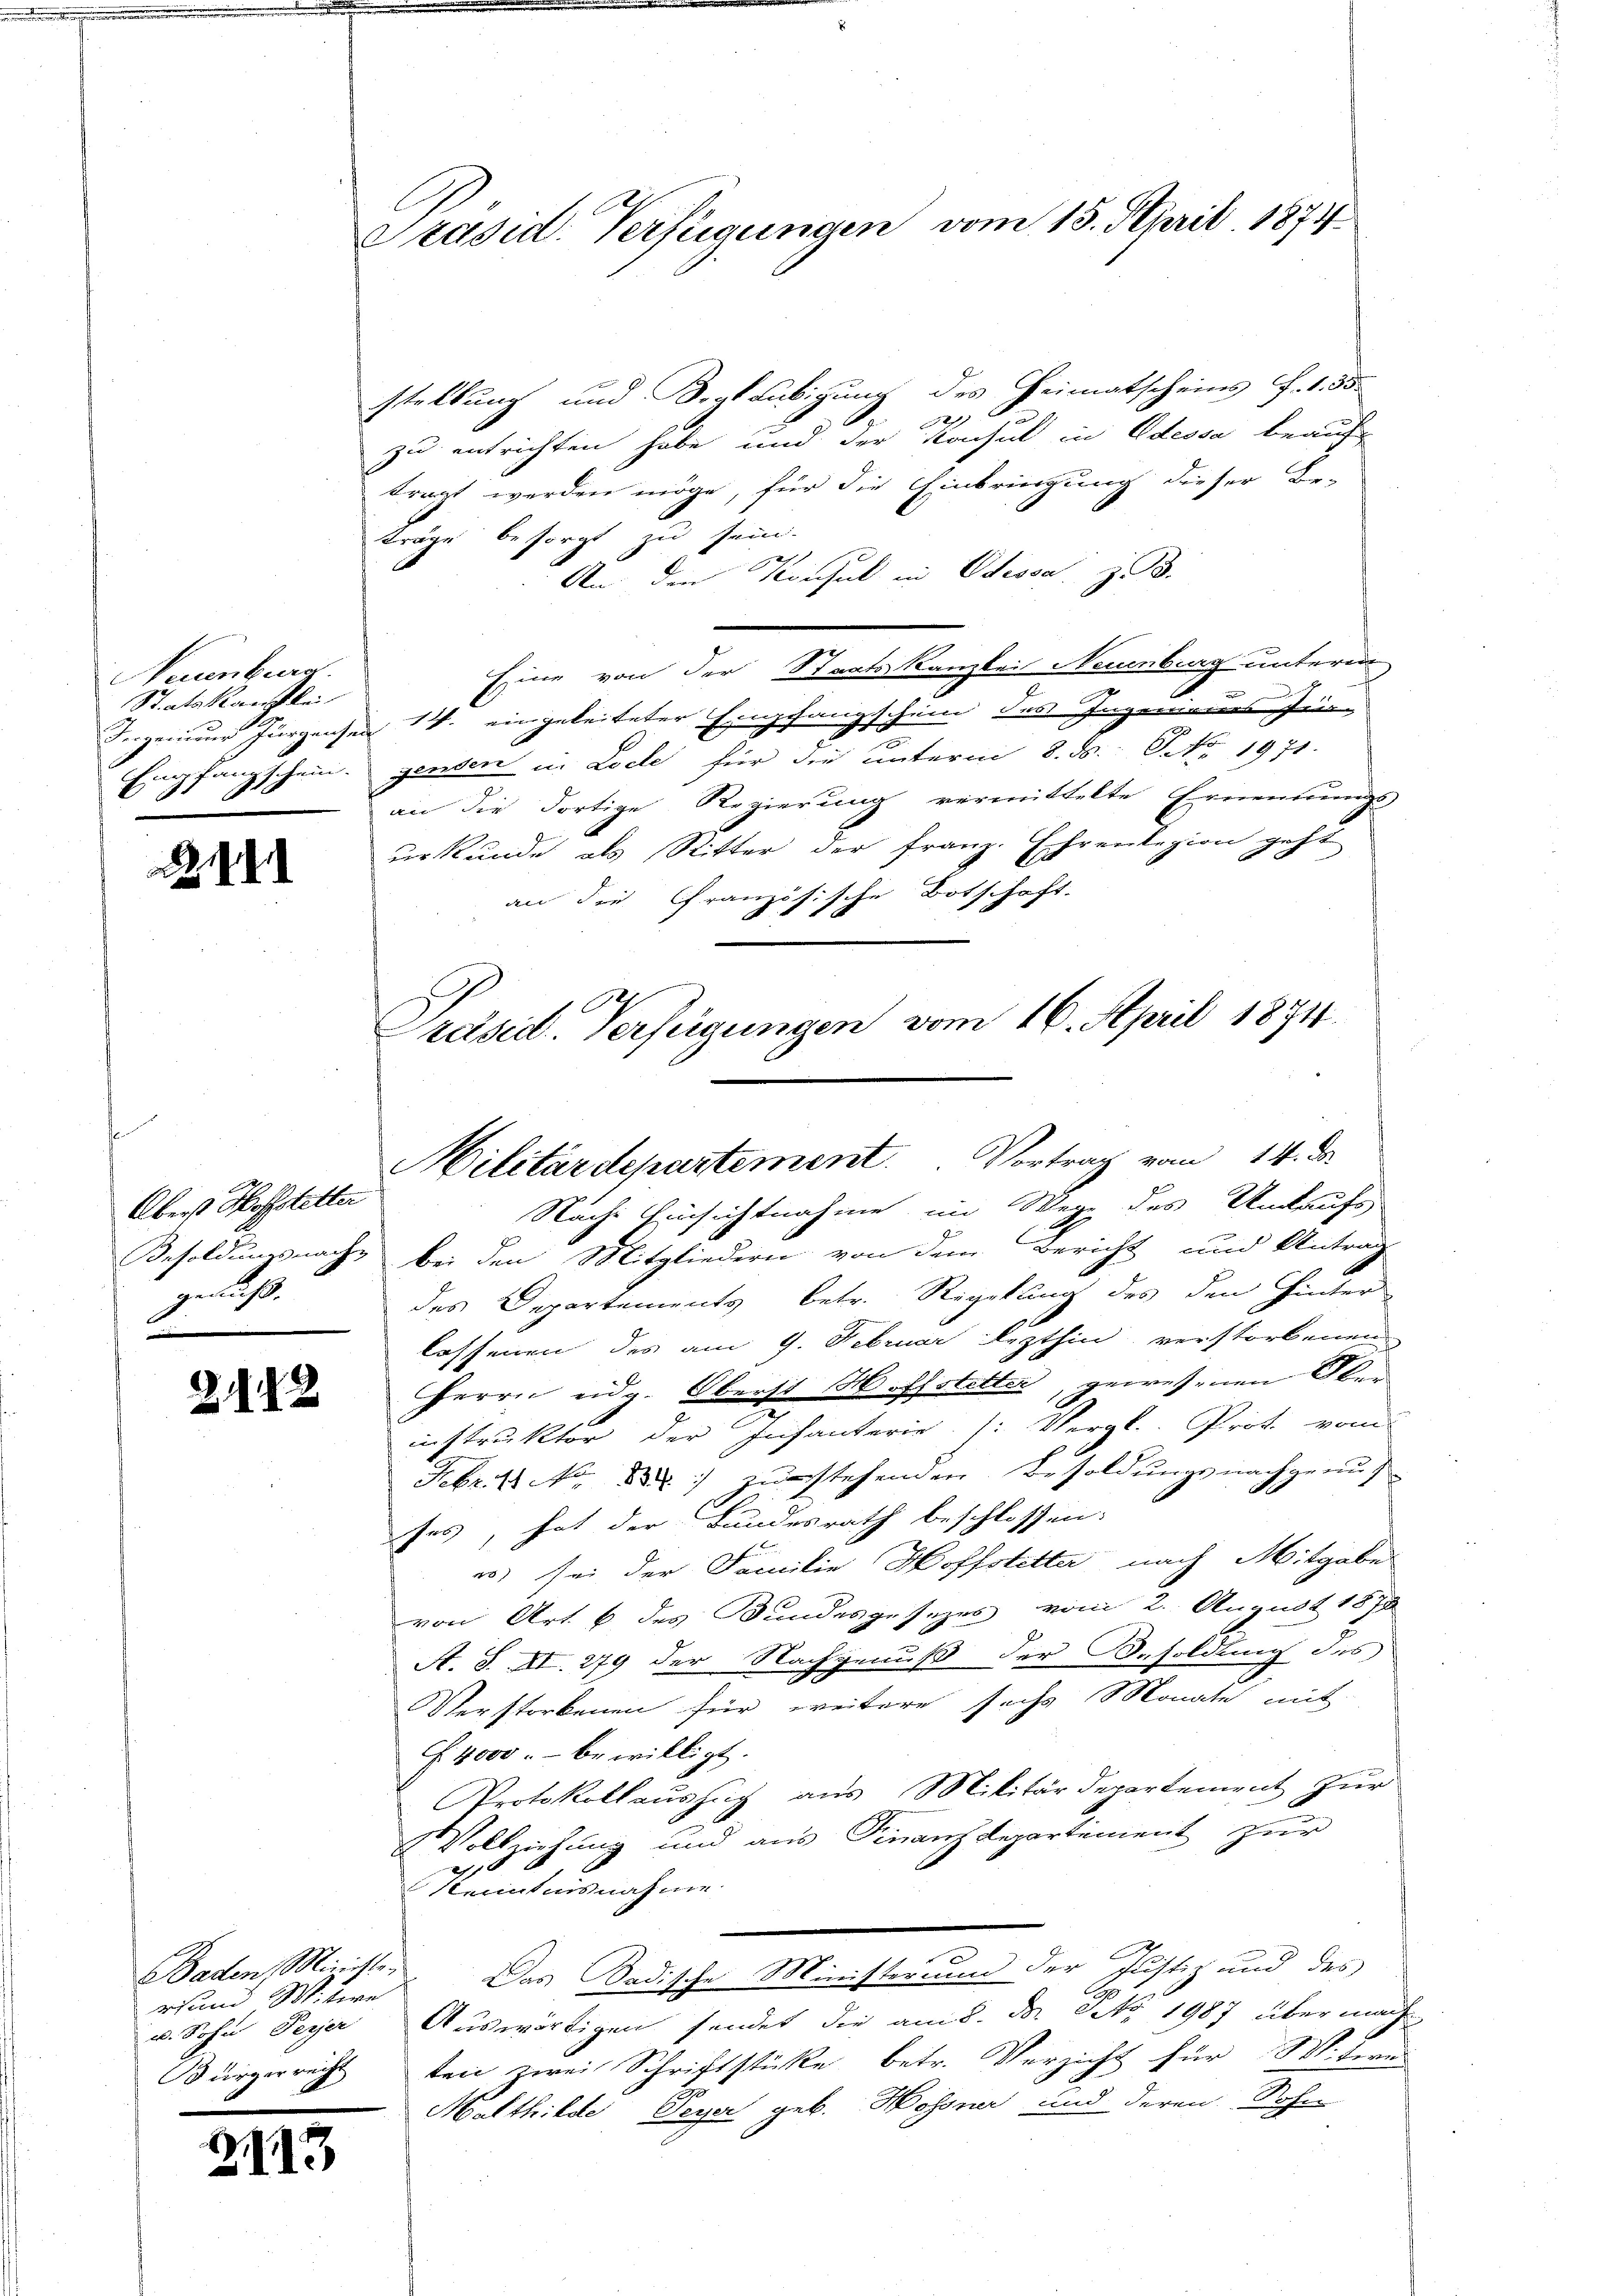
Neuenburg
Statskanzlei
Ingenieur Jürgenz
Empfangschein.

d

2141

Oberst Hofstetter
genuß.

2142

rsund Witwe

.

Präsid. Verfügungen vom 15. April 1874

stellung und Beglaubigung des Heimatscheins f. 1. 55.

zu entrichten habe und der Konsul in Odessa beauftragt werden möge, für die Einbringung dieser Be-
träge besorgt zu sein.
An den Kirchel in Odessa zu 3.
Eine von der Staatskanzlei Neuenburg unterm
schanzschein des Ingenieurs sein |
den 14. eingeleiteter Er
gerben in Loche für die unterm 8. ds. S. 1971.
an die dortige Regierung vermittelte Ernentrungs-
urkunde als Ritter der Franz. Ehrenlegion geht
an die Französische Botschaft.
Nach Einsichtnahme im Wege des Unaufs
.
Besoldungsnach bei den Mitgliedern von dem Bericht und Antrag
des Departements betr. Rigikung des den Hinter
lassenen des am 9. Februar lezthin verstorbenen
Herrn eidg. Oberst Hoffstetter, gewesenen Ober
instruktor der Infanterie (: Vergl. Prot. vom
Febr. 11 No. 2. zuerstehenden Besoldungsnachgenus
ses, hat der Bundesrath beschlossen:
e) sei der Familie Hoffstetter nach Mitgabe
von Art. 6 des Bundesgesezes vom 2. August 1878
A. S. XI. 279 der Nachgenuß der Besoldung des
Verstorbenen für weitere sechs Monate mit
F. 4000 . bewilligt.
Protokollauszug aus Militärdepartement zur
Vollziehung und aus Finanzdepartement zur
Kenntnisnahme
Baden, Ministe. Das Badische Minister um der Justiz und des
Pop
u. Sohn Peyer Auswärtigen sendet die am 8. d. No 1987 über mac
Bürgerricht den zwei Schriftstücke betr. Verzicht für Witern
Malthilde Peyer geb. Hossner und deren Sohn

Präsid. Verfügungen vom 16. April 1874.

Militärdepartement. Vortrag vom 14. ds.